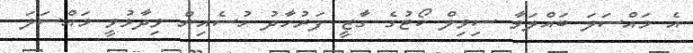
އެ މައްސަލަ ބައްލަަވާ ސިވިލް ކޯޓުގެ ގާޒީ ފަރުހާދު ހުސެއިން ވިދާޅުވީ މައްސަލަ